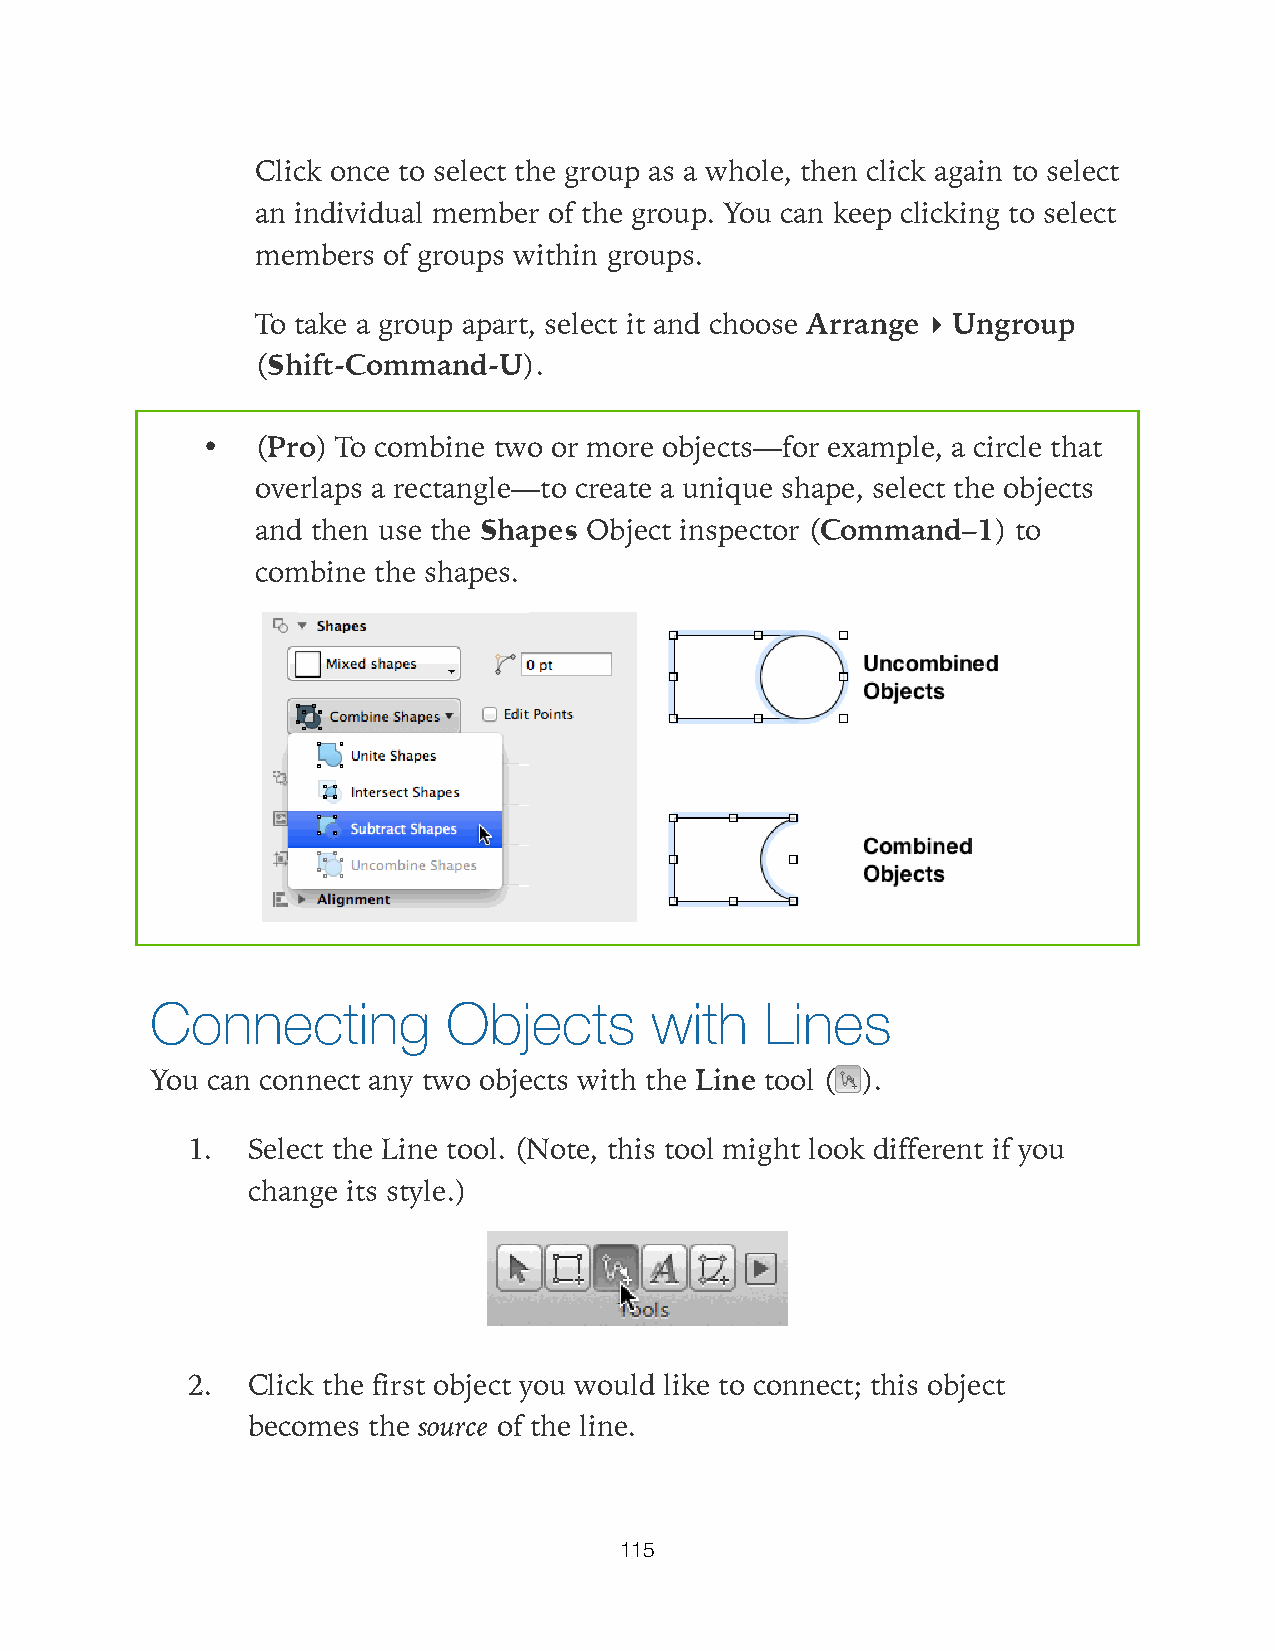
Click once to select the group as a whole, then click again to select
 an individual member of the group. You can keep clicking to select
 members of groups within groups.
 To take a group apart, select it and choose Arrange ▸ Ungroup
 (Shift-Command-U).
 •   (Pro) To combine two or more objects—for example, a circle that
 overlaps a rectangle—to create a unique shape, select the objects
 and then use the Shapes Object inspector (Command–1) to
 combine the shapes.
 Connecting          Objects      with    Lines
 You can connect any two objects with the Line tool ( ).
 1.  Select the Line tool. (Note, this tool might look different if you
 change its style.)
 2.  Click the first object you would like to connect; this object
 becomes the source of the line.
 115